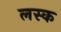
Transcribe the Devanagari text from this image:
लस्क